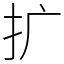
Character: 扩